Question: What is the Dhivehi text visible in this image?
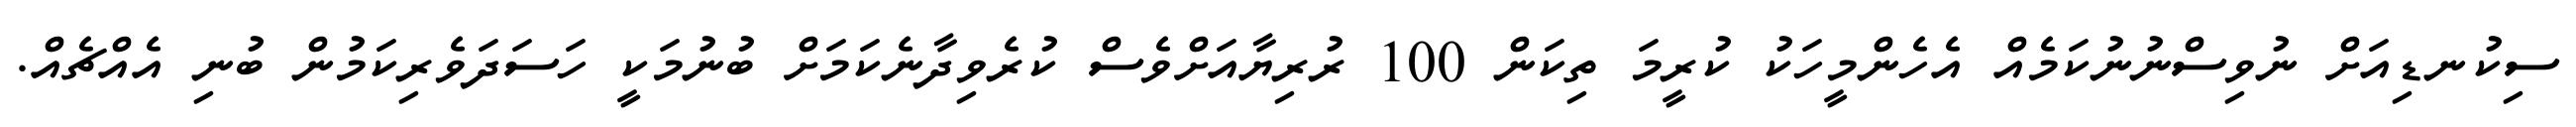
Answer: ސިކުނޑިއަށް ނުވިސްނުނުކަމެއް އެހެންމީހަކު ކުރީމަ ތިކަން 100 ރުރިޔާއަށްވެސް ކުރެވިދާނެކަމަށް ބުނުމަކީ ހަސަދަވެރިކަމުން ބުނި އެއްޗެއް.